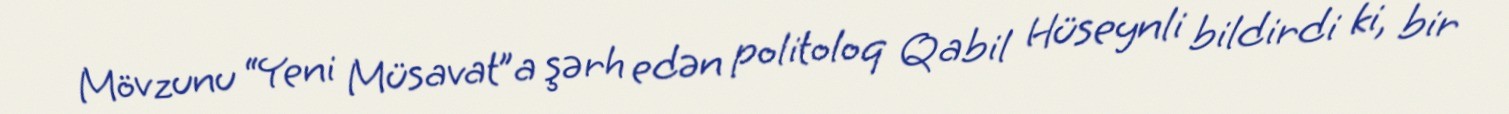
Mövzunu “Yeni Müsavat”a şərh edən politoloq Qabil Hüseynli bildirdi ki, bir